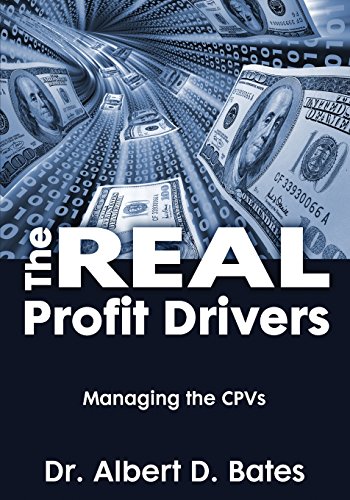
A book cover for THE REAL PROFIT DRIVERS: MANAGING THE CPVs; Dr, Albert D. Bates; Business & Money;